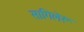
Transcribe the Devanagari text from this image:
सागिलेरू